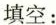
填空：